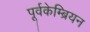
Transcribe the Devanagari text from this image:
पूर्वकेम्ब्रियन